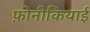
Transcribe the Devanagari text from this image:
फ़ोनीकियाई